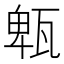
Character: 㼰